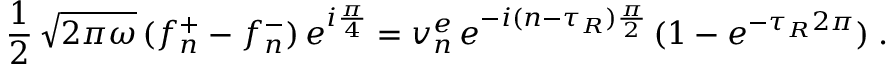
\frac { 1 } { 2 } \, \sqrt { 2 \pi \omega } \, ( f _ { n } ^ { + } - f _ { n } ^ { - } ) \, e ^ { i { \frac { \pi } { 4 } } } = v _ { n } ^ { e } \, e ^ { - i ( n - \tau _ { R } ) { \frac { \pi } { 2 } } } \, ( 1 - e ^ { - \tau _ { R } 2 \pi } ) \; .